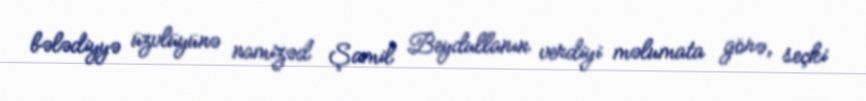
bələdiyyə üzvlüyünə namizəd Şamil Beydullanın verdiyi məlumata görə, seçki